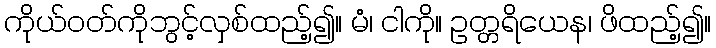
ကိုယ်ဝတ်ကိုဘွင့်လှစ်ထည့်၍။ မံ၊ ငါကို။ ဥတ္တရိယေန၊ ဖိထည့်၍။